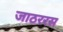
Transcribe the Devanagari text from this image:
जाठररस